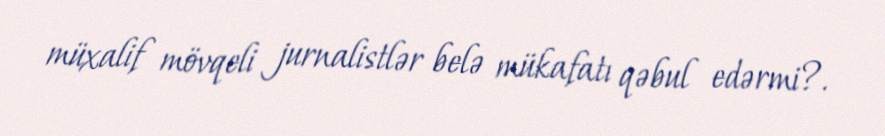
müxalif mövqeli jurnalistlər belə mükafatı qəbul edərmi?.